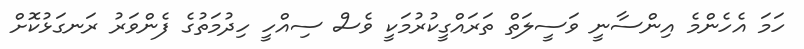
ހަމަ އެހެންމެ އިންސާނީ ވަސީލަތް ތަރައްގީކުރުމަކީ ވެސް ސިއްހީ ހިދުމަތުގެ ފެންވަރު ރަނގަޅުކޮށް